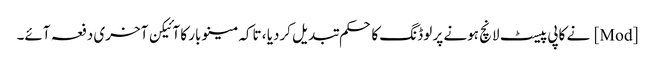
[Mod] نے کاپی پیسٹ لانچ ہونے پر لوڈنگ کا حکم تبدیل کردیا ، تاکہ مینو بار کا آئیکن آخری دفعہ آئے۔